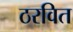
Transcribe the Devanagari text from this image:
ठरवित